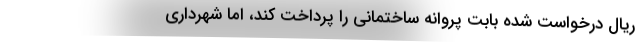
ریال درخواست شده بابت پروانه ساختمانی را پرداخت کند، اما شهرداری